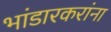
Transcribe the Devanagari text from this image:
भांडारकरांना